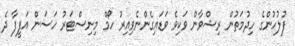
ފުލުހުންގެ ހިދުމަތުން ރިޝްވާން ވަކިވެ ވަޑައިގެންނެވިއިރު ހޯމް މިނިސްޓަރު ހަސަން އަފީފާ ދެ